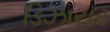
ડિઝાયર